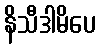
နိသီဒါမိပေ